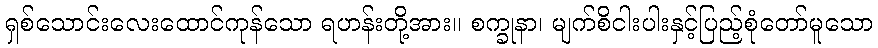
ရှစ်သောင်းလေးထောင်ကုန်သော ရဟန်းတို့အား။ စက္ခုနာ၊ မျက်စိငါးပါးနှင့်ပြည့်စုံတော်မူသော